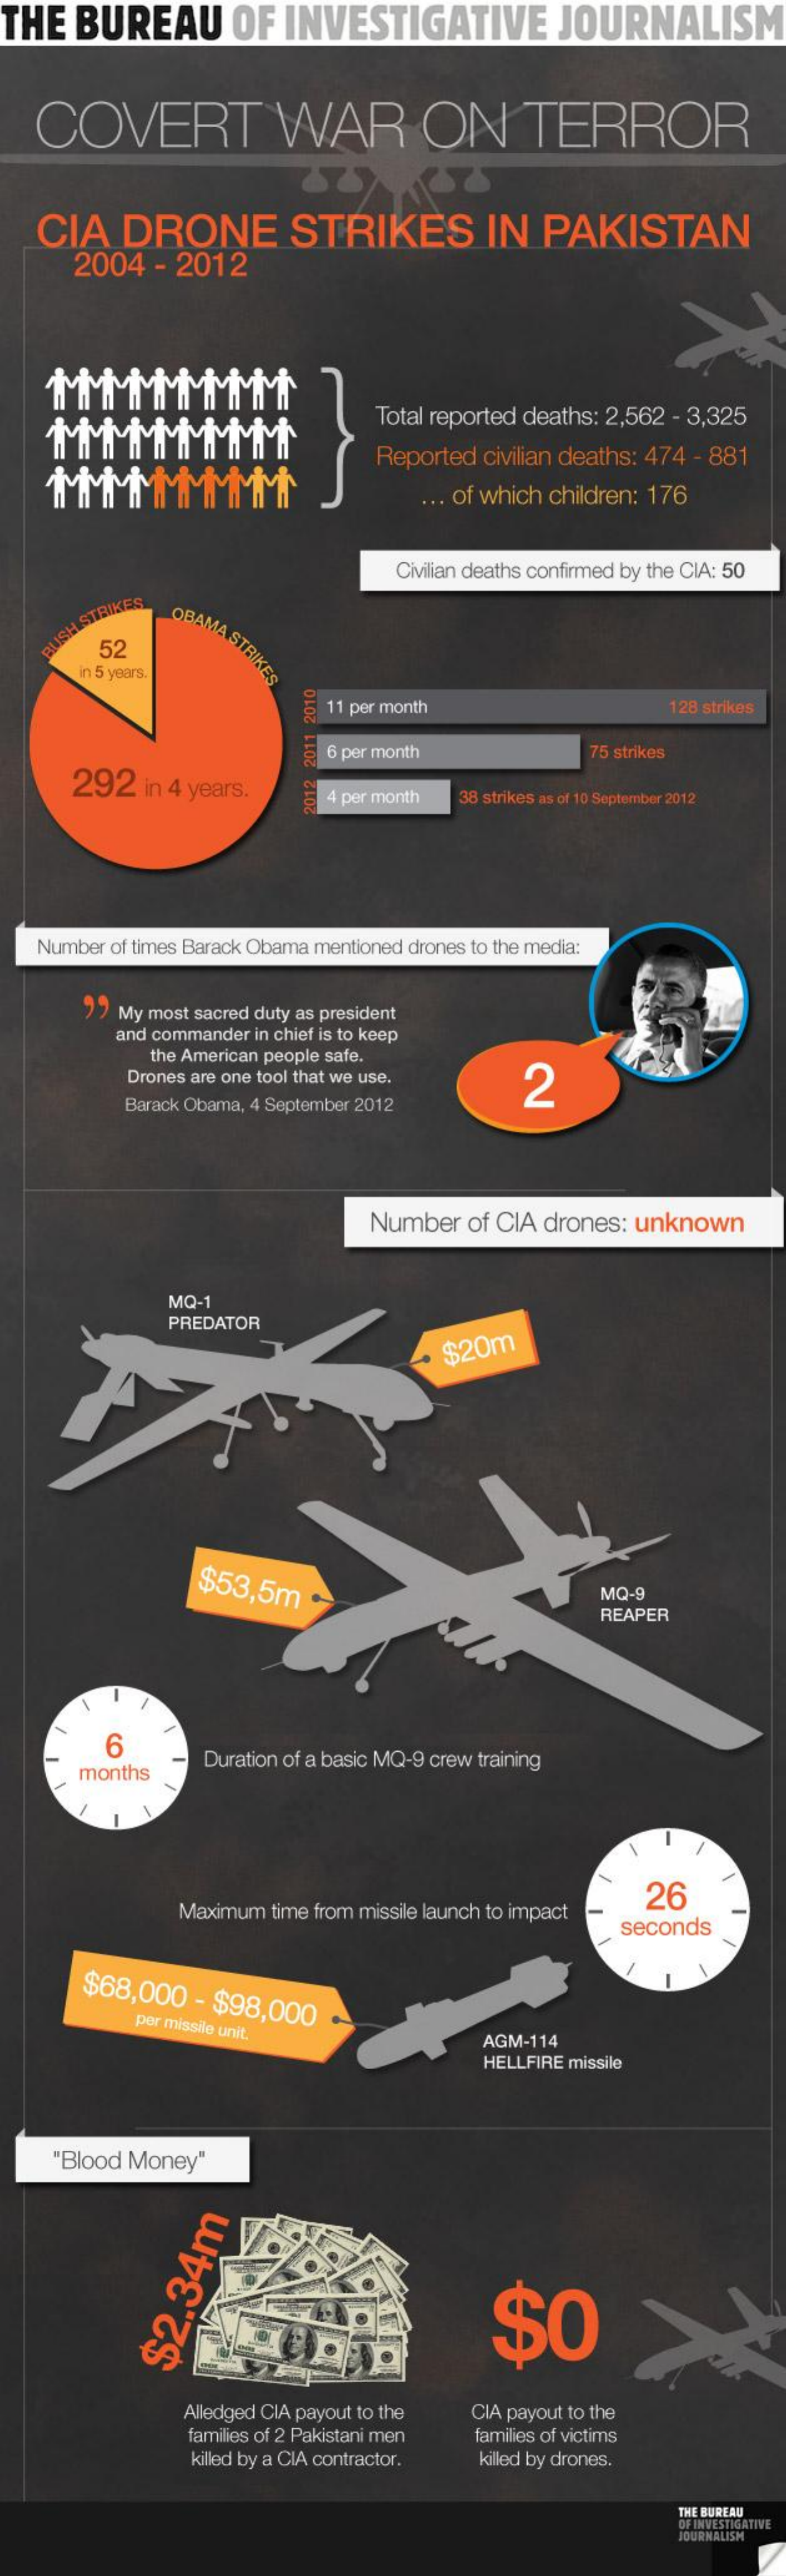
THE  BUREAU    OF   INVESTIGATIVE    JOURNALISM
   COVERT    WAR    ON    TERROR
    CIA    DRONE    STRIKES    IN   PAKISTAN
     2004   - 2012
    MMMMMMMMM
     Total reported deaths: 2,562 - 3,325
    MMMMMMMMM
     Reported  civilian deaths: 474 - 881
     ... of which children: 176
     Civilian deaths confirmed by the CIA: 50
     OBAMA
     STRIKES 52
     n 5 years.
     11 per month    128 strikes
     6 per month    75 strikes
     292   in 4 years.
     4 per month  38 strikes as of 10 September 2012 2012
     2011
     2010
    Number of times Barack Obama mentioned drones to the media:
     77 My most sacred duty as president
     and commander in chief is to keep
     the American people safe.
     Drones are one tool that we use.
     2
     Barack Obama, 4 September 2012
     Number   of CIA drones: unknown
     MQ-1
     PREDATOR
     $20m
     $53,5m    .    MQ-9
     REAPER
     6
     months
     Duration of a basic MQ-9 crew training
     Maximum time from missile launch to impact
     26
     seconds
     $68,000   - $98,000
     per missile unit.
     AGM-114
     HELLFIRE missile
     "Blood Money"
     $0 $2.34m
     Alledged CIA payout to the
     families of 2 Pakistani men
     CIA payout to the
     killed by a CIA contractor.
     families of victims
     killed by drones.
     THE BUREAU
     OF INVESTIGATIVE JOURNALISM